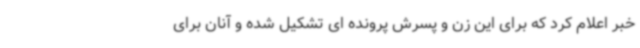
خبر اعلام کرد که برای این زن و پسرش پرونده ای تشکیل شده و آنان برای